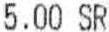
5.00 SR